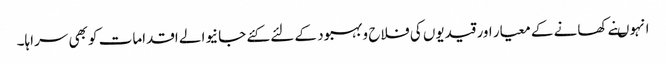
انہوںنے کھانے کے معیار اور قیدیوں کی فلاح و بہبود کے لئے کئے جانیوالے اقدامات کو بھی سراہا۔